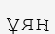
ұян